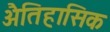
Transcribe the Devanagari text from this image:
अैतिहासिक